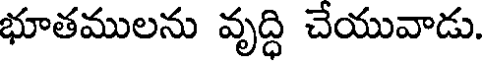
భూతములను వృద్ధి చేయువాడు.